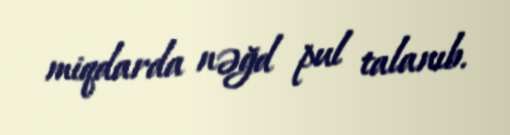
miqdarda nəğd pul talanıb.